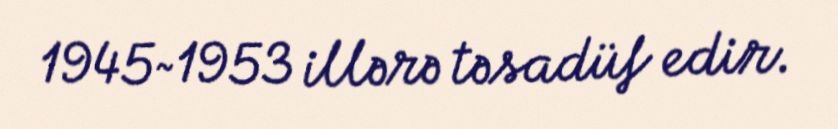
1945~1953 illərə təsadüf edir.